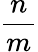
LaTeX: \frac{n}{m}